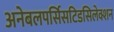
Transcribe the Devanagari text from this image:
अनेबलपर्सिसटिडसिलेक्शन